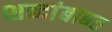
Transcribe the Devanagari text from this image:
शब्दांबाबत